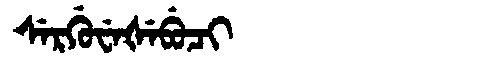
Manchu: ᠰᡝᡵᡤᡠᠸᡝᡧᡝᠪᡠᠴᡳ
Romanization: SERGUWEŠEBUCI